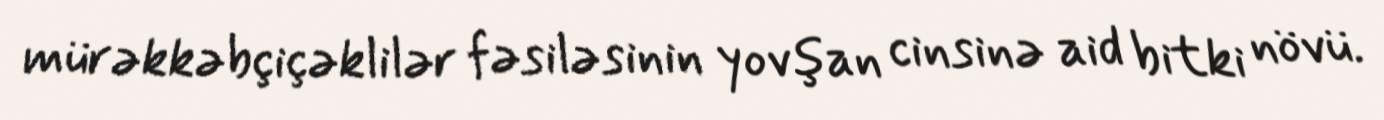
mürəkkəbçiçəklilər fəsiləsinin yovşan cinsinə aid bitki növü.